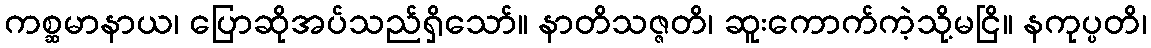
ကစ္ဆမာနာယ၊ ပြောဆိုအပ်သည်ရှိသော်။ နာတိသဇ္ဇတိ၊ ဆူးကောက်ကဲ့သို့မငြိ။ နကုပ္ပတိ၊